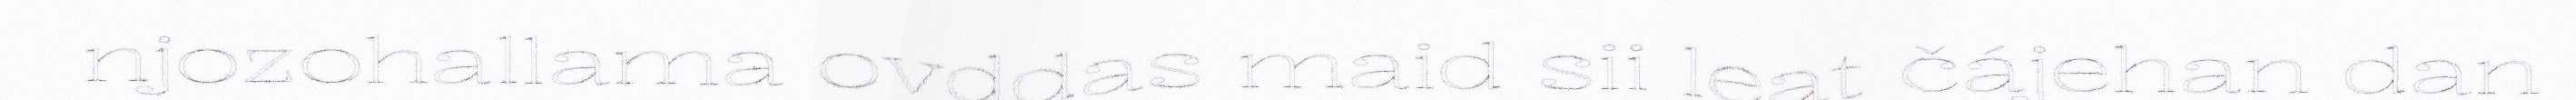
njozohallama ovddas maid sii leat čájehan dan